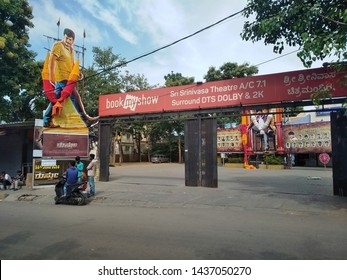
Language: kannada
Transcription: ಶ್ರೀ ಶ್ರೀನಿವಾಸ